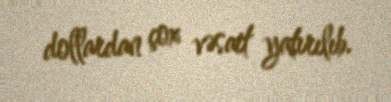
dollardan çox vəsait yatırılıb.